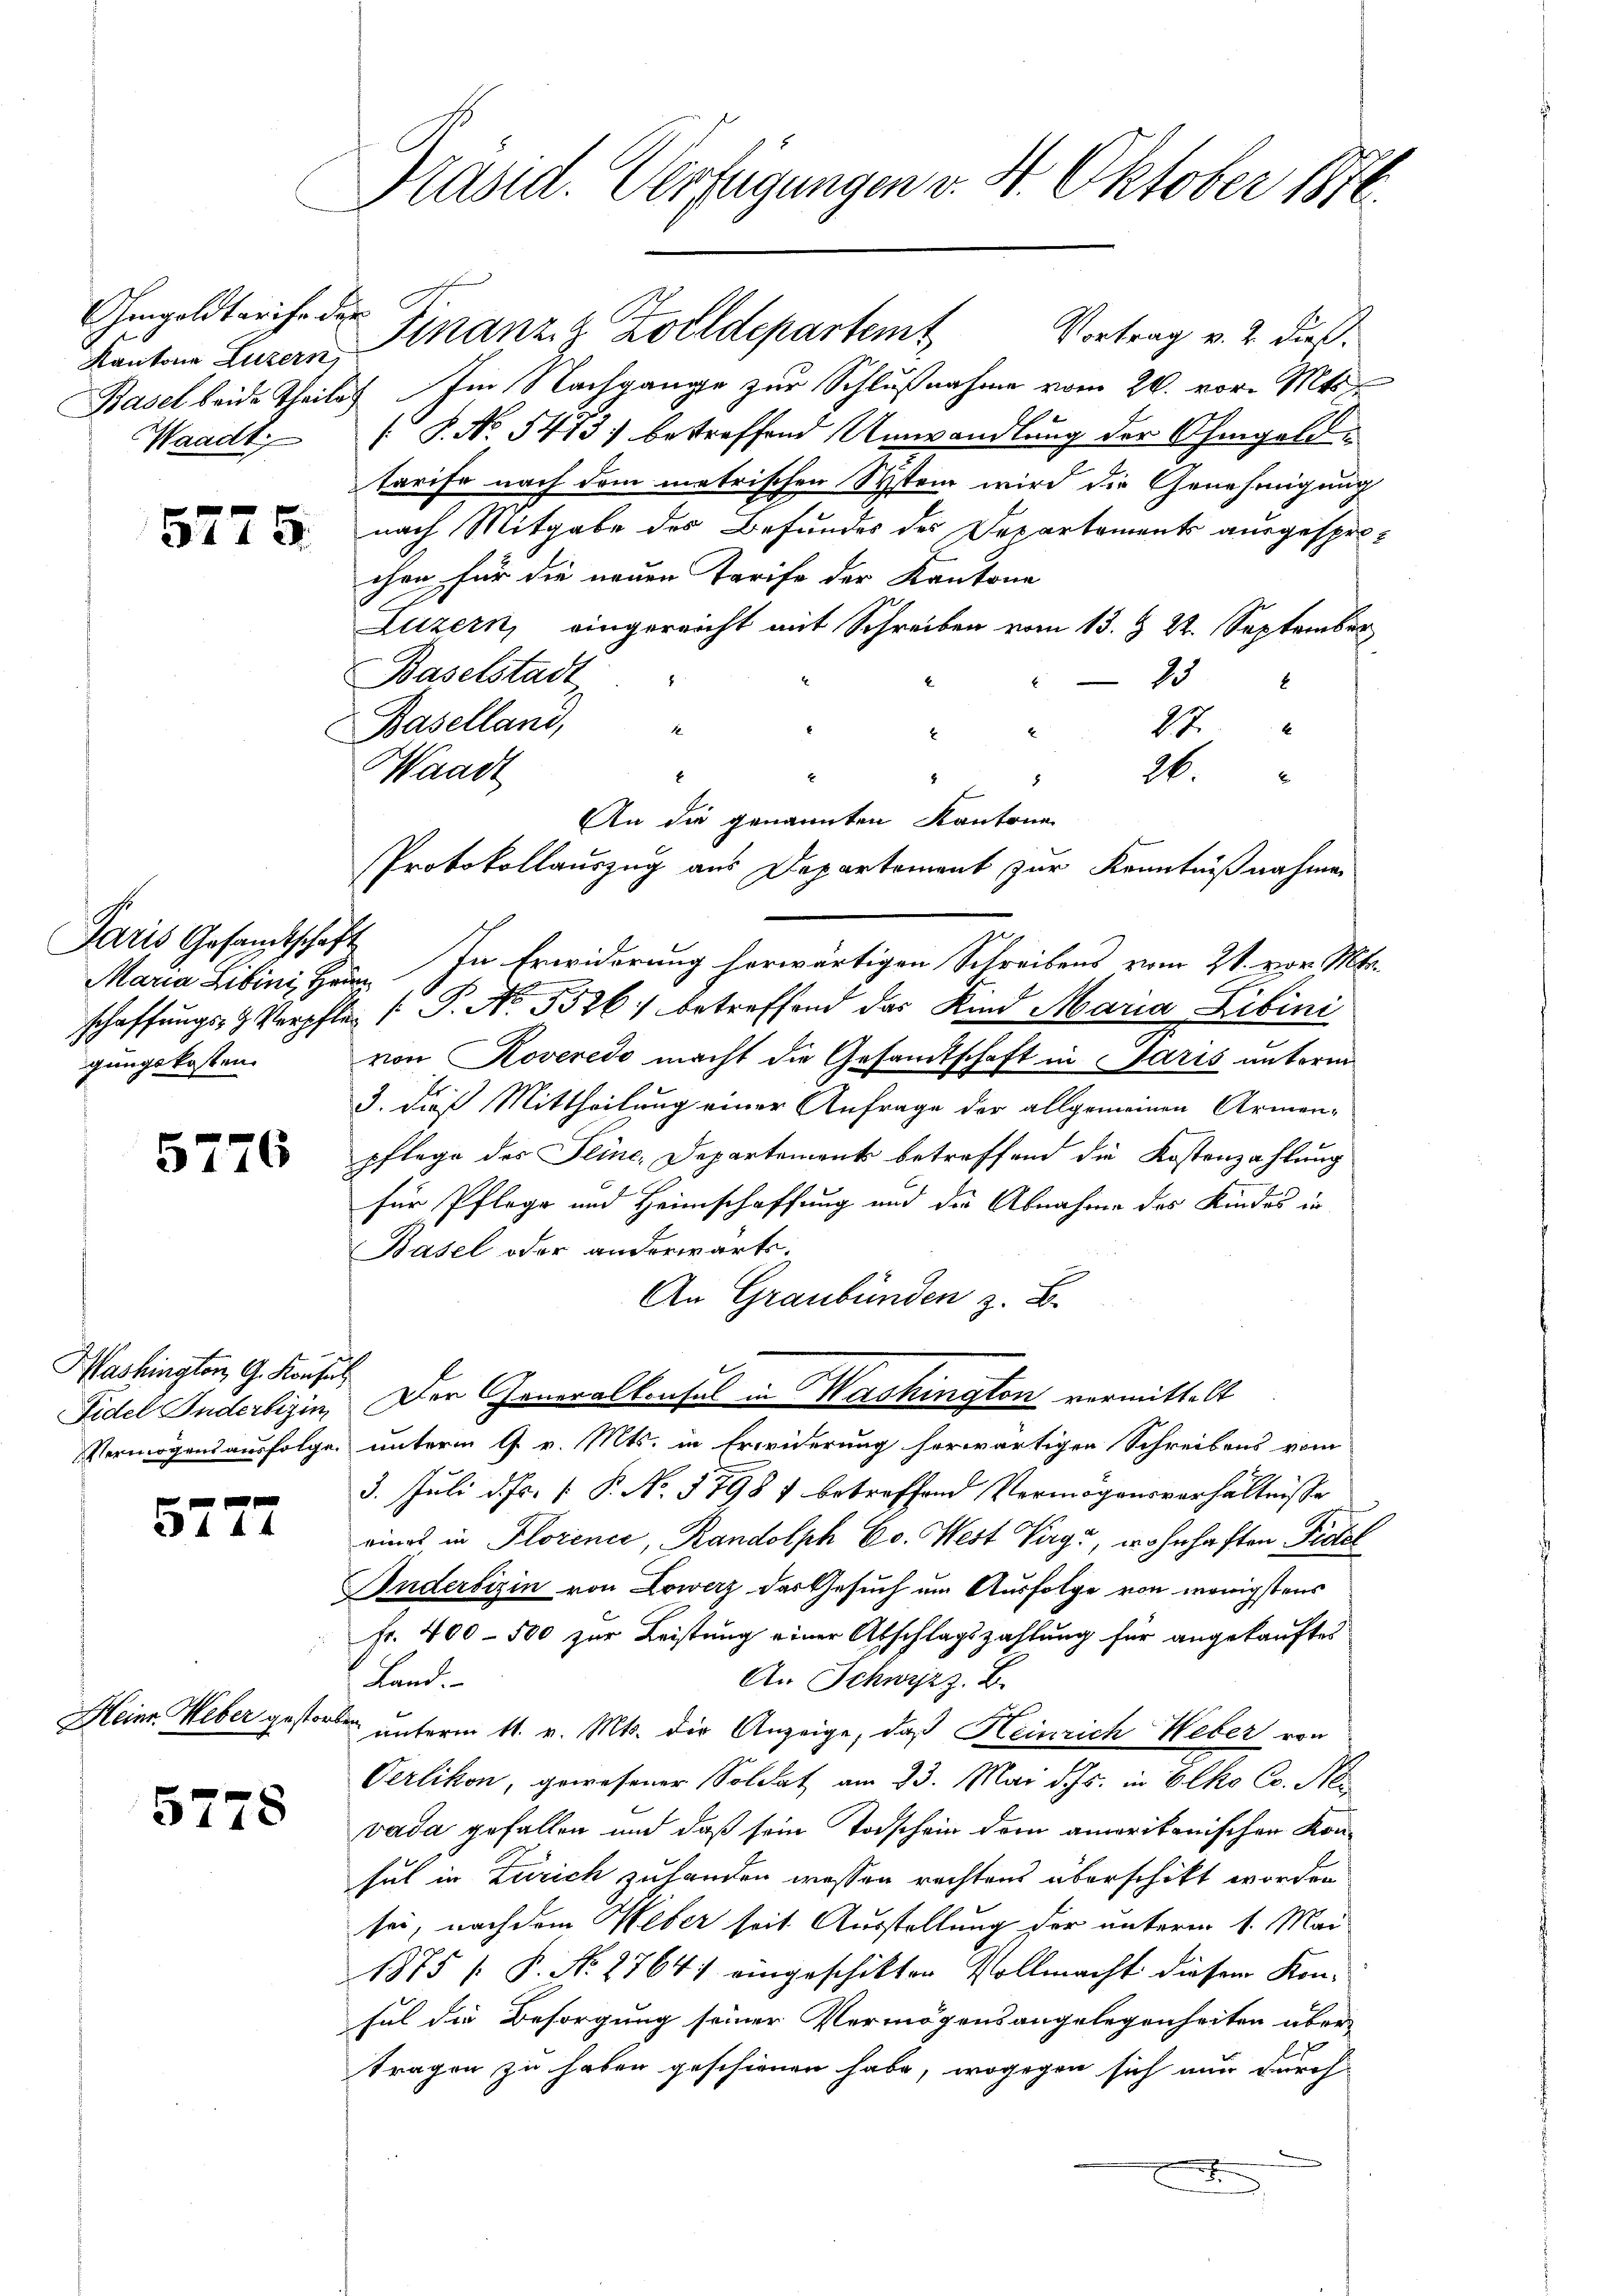
Ohnwoldtarife des
Kantone Luzern,

5775.

Paris Gesamtschaft
Maria Libini, Heim
gungskosten.

5776

Washington G. Konsul

5772

Heinr. Weber gestorben.

5778

Präsid. Verfügungen v. 4. Oktober 1876.

Vortrag v. 2. dieß.
Basel beide Theiles Im Nachgange zur Schlußnahme vom 26. vor. Mts.
Waadt. P. No. 5413 betreffend Umwandlung der Ohmgeldtarife nach dem metrischen Stein wird die Genehmigung
nach Mitgabe des Befundes des Departements ausgespro-
chen für die neuen Tarife der Kantone
Luzern, eingereicht mit Schreiben vom 13. § 22. September
Baselstadt
1
6
Baselland,
27
26.
8
An die genannten Kantone
In Erwiderung herwärtigen Schreibens vom 21. vor. Mtr.
schaffŭngs- & Verpflen ( P. No. 5526) betreffend das Kind Maria Libini
von Roveredo macht die Gesandtschaft in Paris unterm
3. dieß Mittheilung einer Anfrage der allgemeinen Armenpflege der Feine, Departement betreffend die Kostenzahlung
für Pflege und Heimschaffung und die Abnahme des Kindes in
Basel oder anderwärts.
An Graubünden z. B.
Fidel Anderdizin, Der Generalkonsul in Washington vormittelt
Vermögensausfolge unterm 17 v. Mts. in Erwiderung herwärtigen Schreibens vom
3. Juli d. Js. [ P. No. 57981 betreffend Vermögensverhältnisse
eines in Florence, Randolph Co. West Virg, wohnhaften Fidel
Inderbisin von Lowerz der Gesuch um Ausfolge von wenigstens
Fr. 400 - 500 zur Leistung einer Abschlagszahlung für angekauftes
An Schwyzz. B.
Land.
unterm 11. v. Mts. die Anzeige, daß Heinrich Weber von
Verlikon, gewesener Soldat am 23. Mai d. Js. in 6 Cko Co. Nei
vada gefallen und daß sein Todschein der amerikanischen Konsul in Zürich zulanden wessen rechtens überschikt worden
sei, nach dem Weber seit Ausstellung der unterm 1. Mai
1875 [ P. No. 27641 eingeschikter Vollmacht diesem Kon-
sul die Besorgung seiner Vermögensangelegenheiten über
E
tragen zu haben geschienen habe, wogegen sich nur durch
5

Waadt

Finanzz Zolldepartemt

Protokollauszug aus Departement zur Kenntnißnahmen